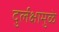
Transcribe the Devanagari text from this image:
दुर्लक्षामुळे